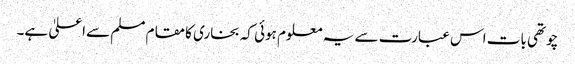
چوتھی بات اس عبارت سے یہ معلوم ہوئی کہ بخاری کا مقام مسلم سےاعلیٰ ہے۔